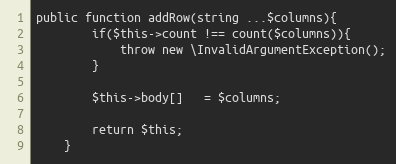
Language: PHP
public function addRow(string ...$columns){
        if($this->count !== count($columns)){
            throw new \InvalidArgumentException();
        }

        $this->body[]   = $columns;

        return $this;
    }